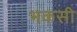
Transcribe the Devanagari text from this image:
भकसी